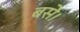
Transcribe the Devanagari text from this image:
बसेे।